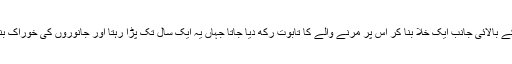
مینار کے بالائی جانب ایک خلا بنا کر اس پر مرنے والے کا تابوت رکھ دیا جاتا جہاں یہ ایک سال تک پڑا رہتا اور جانوروں کی خوراک بنتا رہتا۔